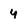
Character: y